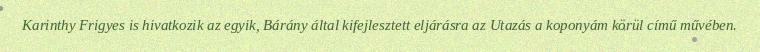
Karinthy Frigyes is hivatkozik az egyik, Bárány által kifejlesztett eljárásra az Utazás a koponyám körül című művében.